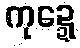
ကုဍ္ဍေ